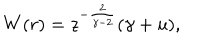
LaTeX: W ( r ) = z ^ { - { \frac { 2 } { \gamma - 2 } } } ( \gamma + u ) ,